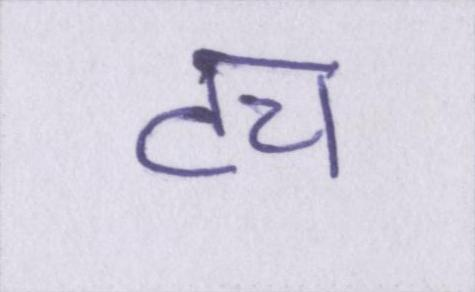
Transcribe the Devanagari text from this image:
टच